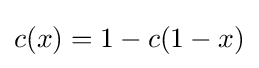
c(x)=1-c(1-x)